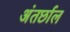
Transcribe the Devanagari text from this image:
अंतर्छाल